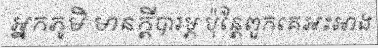
អ្នកភូមិ មានក្តីបារម្ភ ប៉ុន្តែពួកគេអះអាង